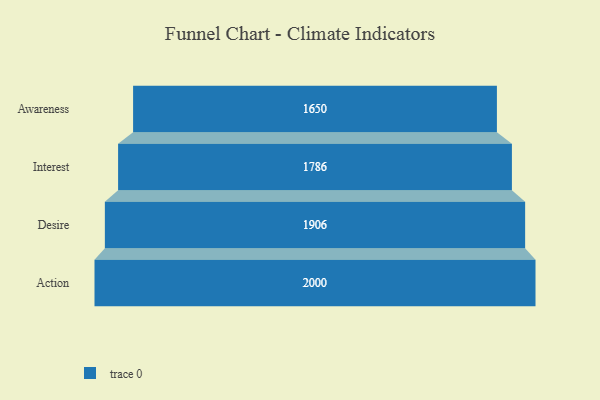
{"axis": {"x": "Stage", "y": "Value"}, "legend": [""], "data": [{"x": "Awareness", "y": 1650.0, "type": ""}, {"x": "Interest", "y": 1786.0, "type": ""}, {"x": "Desire", "y": 1906.0, "type": ""}, {"x": "Action", "y": 2000, "type": ""}]}